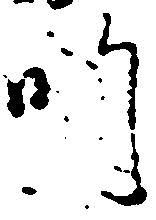
師